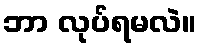
ဘာ လုပ်ရမလဲ။